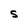
Character: S